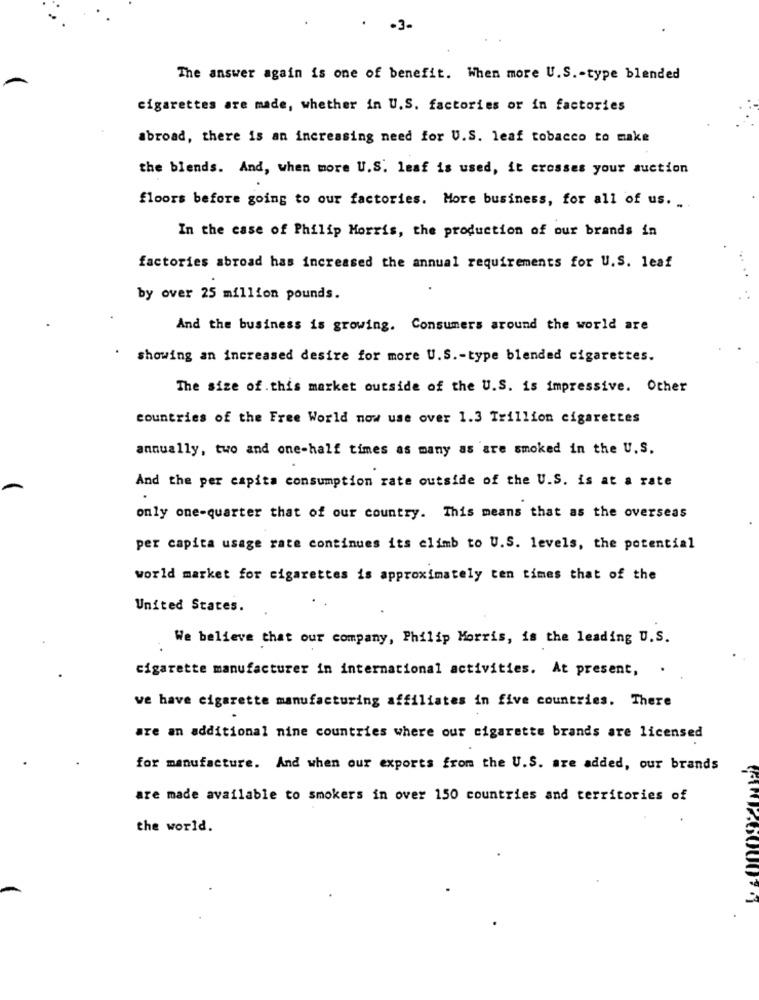
.3-
The answer again is one of benefit. When more U.S .- type blended
cigarettes are made, whether in U.S. factories or in factories
abroad, there is an increasing need for U.S. leaf tobacco to make
the blends. And, when more U.S. leaf is used, it crosses your auction
floors before going to our factories. More business, for all of us. .
In the case of Philip Morris, the production of our brands in
factories abroad has increased the annual requirements for U.S. leaf
by over 25 million pounds.
And the business is growing. Consumers around the world are
showing an increased desire for more U.S .- type blended cigarettes.
The size of. this market outside of the U.S. is impressive. Other
countries of the Free World now use over 1.3 Trillion cigarettes
annually, two and one-half times as many as are smoked in the U. S.
And the per capita consumption rate outside of the U.S. is at a rate
only one-quarter that of our country. This means that as the overseas
per capita usage rate continues its climb to U.S. levels, the potential
world market for cigarettes is approximately ten times that of the
United States.
We believe that our company, Philip Morris, is the leading U.S.
cigarette manufacturer in international activities. At present, .
we have cigarette manufacturing affiliates in five countries. There
are an additional nine countries where our cigarette brands are licensed
for manufacture. And when our exports from the U.S. are added, our brands
are made available to smokers in over 150 countries and territories of
the world.